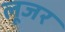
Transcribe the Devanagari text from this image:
लूजर